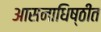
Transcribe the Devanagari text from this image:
आसनाधिष्ठीत